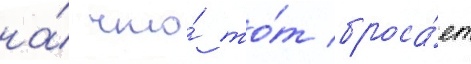
на́ что́ то́т броса́ет